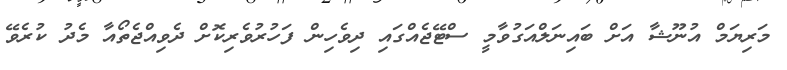
މަރިޔަމް އުނޫޝާ އަށް ބައިނަލްއަގުވާމީ ސްޓޭޖެއްގައި ދިވެހިން ފަހުރުވެރިކޮށް ދެވިއްޖެތޯއާ މެދު ކުރެވޭ